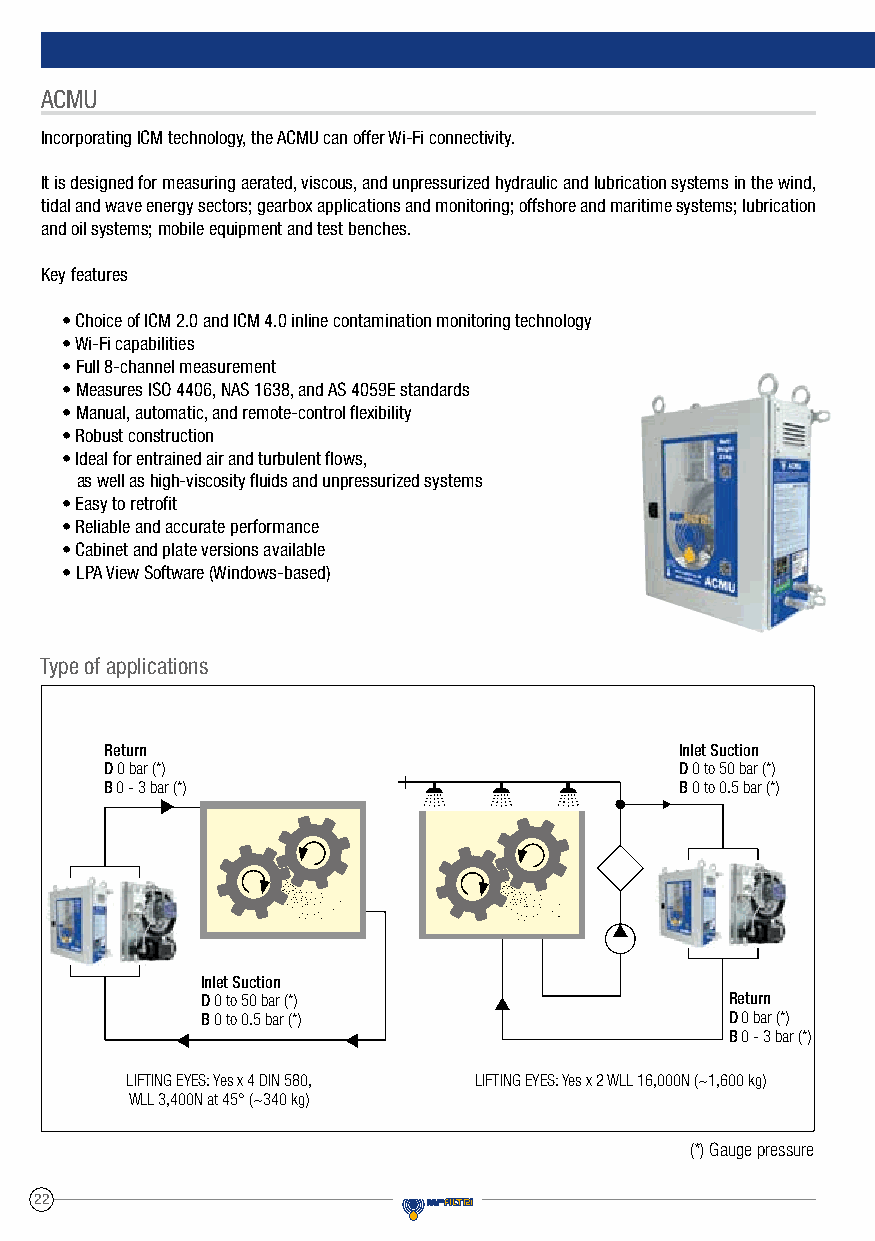
ACMU
 Incorporating ICM technology, the ACMU can offer Wi-Fi connectivity.
 It is designed for measuring aerated, viscous, and unpressurized hydraulic and lubrication systems in the wind,
 tidal and wave energy sectors; gearbox applications and monitoring; offshore and maritime systems; lubrication
 and oil systems; mobile equipment and test benches.
 Key features
 • Choice of ICM 2.0 and ICM 4.0 inline contamination monitoring technology
 • Wi-Fi capabilities
 • Full 8-channel measurement
 • Measures ISO 4406, NAS 1638, and AS 4059E standards
 • Manual, automatic, and remote-control flexibility
 • Robust construction
 • Ideal for entrained air and turbulent flows,
 as well as high-viscosity fluids and unpressurized systems
 • Easy to retrofit
 • Reliable and accurate performance
 • Cabinet and plate versions available
 • LPA View Software (Windows-based)
 Type of applications
 Return                                Inlet Suction
 D 0 bar (*)                           D 0 to 50 bar (*)
 B 0 - 3 bar (*)                       B 0 to 0.5 bar (*)
 Inlet Suction
 D 0 to 50 bar (*)                  Return
 B 0 to 0.5 bar (*)                 D 0 bar (*)
 B 0 - 3 bar (*)
 LIFTING EYES: Yes x 4 DIN 580, LIFTING EYES: Yes x 2 WLL 16,000N (~1,600 kg)
 WLL 3,400N at 45° (~340 kg)
 (*) Gauge pressure
 22